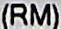
(RM)